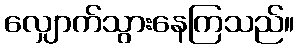
လျှောက်သွားနေကြသည်။